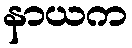
နာယက